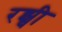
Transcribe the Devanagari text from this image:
रझ्वी